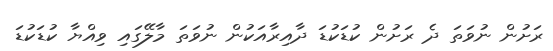
ރަށުން ނުވަތަ ދެ ރަށުން ކުޑަކުޑަ ދާއިރާއަކުން ނުވަތަ މާލޭގައި ވިއްޔާ ކުޑަކުޑަ